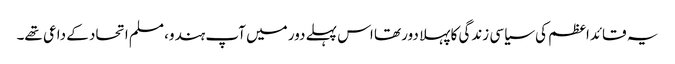
یہ قائداعظم کی سیاسی زندگی کا پہلا دور تھا اس پہلے دور میں آپ ہندو، مسلم اتحاد کے داعی تھے۔